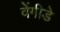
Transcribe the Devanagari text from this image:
वेंगीडे